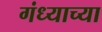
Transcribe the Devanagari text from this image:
गंध्याच्या